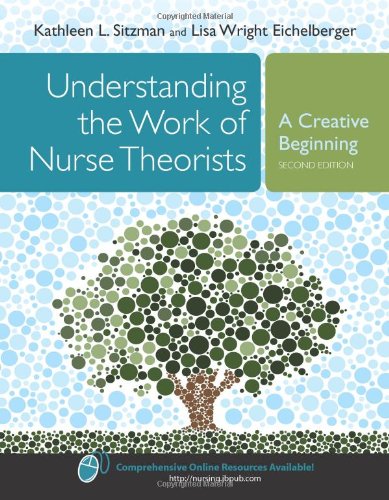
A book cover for Understanding The Work Of Nurse Theorists: A Creative Beginning (Sitzman, Understanding the Work of Nursing Theorists); Kathleen Sitzman; Medical Books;